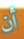
أن